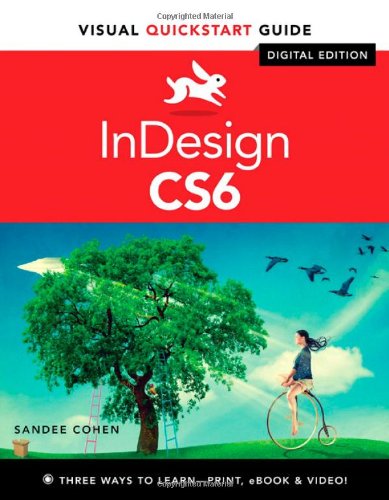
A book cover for InDesign CS6: Visual QuickStart Guide; Sandee Cohen; Arts & Photography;